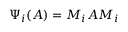
\; \Psi _ { i } ( A ) = M _ { i } A M _ { i }